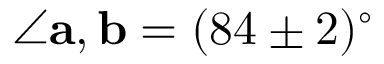
\angle { \mathbf { a } , \mathbf { b } } = ( 8 4 \pm 2 ) ^ { \circ }